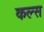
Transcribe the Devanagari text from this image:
कल्स